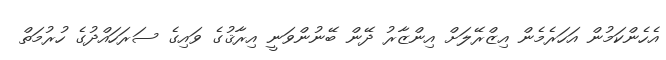
އެހެންކަމުން އަހަރެމެން އިޒްރޭލަށް އިންޒާރު ދޭން ބޭނުންވަނީ އިރާޤުގެ ވައިގެ ސަރަހައްދުގެ ހުރުމަތް